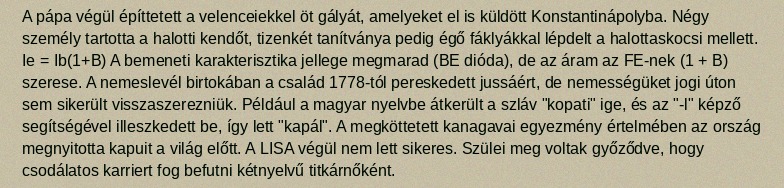
A pápa végül építtetett a velenceiekkel öt gályát, amelyeket el is küldött Konstantinápolyba. Négy személy tartotta a halotti kendőt, tizenkét tanítványa pedig égő fáklyákkal lépdelt a halottaskocsi mellett. Ie = Ib(1+B) A bemeneti karakterisztika jellege megmarad (BE dióda), de az áram az FE-nek (1 + B) szerese. A nemeslevél birtokában a család 1778-tól pereskedett jussáért, de nemességüket jogi úton sem sikerült visszaszerezniük. Például a magyar nyelvbe átkerült a szláv "kopati" ige, és az "-l" képző segítségével illeszkedett be, így lett "kapál". A megköttetett kanagavai egyezmény értelmében az ország megnyitotta kapuit a világ előtt. A LISA végül nem lett sikeres. Szülei meg voltak győződve, hogy csodálatos karriert fog befutni kétnyelvű titkárnőként.